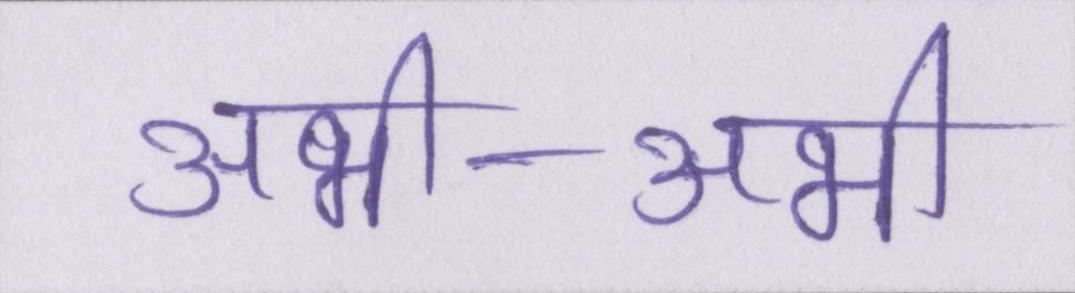
अभी-अभी